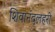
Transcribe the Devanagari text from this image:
शिवानंदलहरी